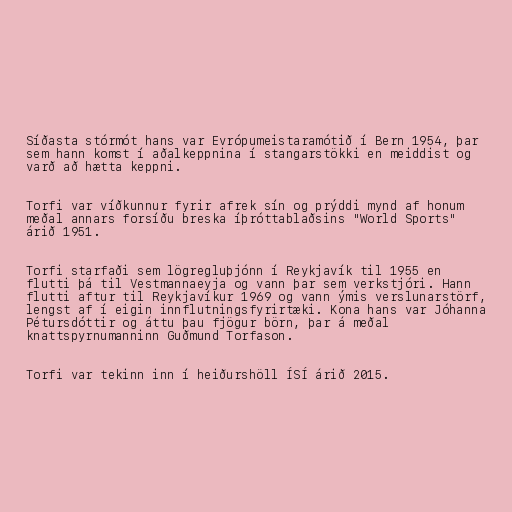
Síðasta stórmót hans var Evrópumeistaramótið í Bern 1954, þar
sem hann komst í aðalkeppnina í stangarstökki en meiddist og
varð að hætta keppni.

Torfi var víðkunnur fyrir afrek sín og prýddi mynd af honum
meðal annars forsíðu breska íþróttablaðsins "World Sports"
árið 1951.

Torfi starfaði sem lögregluþjónn í Reykjavík til 1955 en
flutti þá til Vestmannaeyja og vann þar sem verkstjóri. Hann
flutti aftur til Reykjavíkur 1969 og vann ýmis verslunarstörf,
lengst af í eigin innflutningsfyrirtæki. Kona hans var Jóhanna
Pétursdóttir og áttu þau fjögur börn, þar á meðal
knattspyrnumanninn Guðmund Torfason.

Torfi var tekinn inn í heiðurshöll ÍSÍ árið 2015.